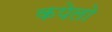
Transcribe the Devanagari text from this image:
कपेलो